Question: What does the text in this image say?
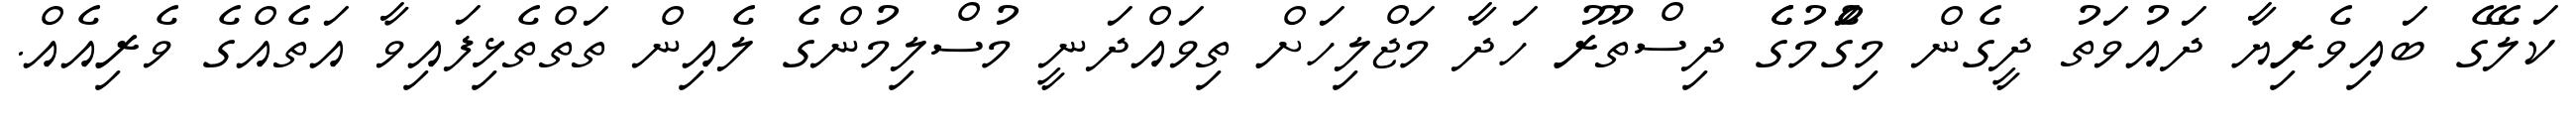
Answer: ކަލޭގެ ބައިވެރިޔާ ދައުވަތު ދީގެން މިގަެުމުގެެ ދިސްތޫރު ހަދާ މަޖްލިހަށް ތިވައްދަނީ މުސްލިމުންގެ ލެއިން ތަތްތެޅިފައިވާ އަތެއްގެ ވެރިއެއް.